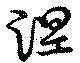
涅